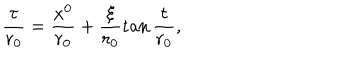
\frac { \tau } { r _ { 0 } } = \frac { x ^ { 0 } } { r _ { 0 } } + \frac { \xi } { r _ { 0 } } \tan { \frac { \tau } { r _ { 0 } } } ,